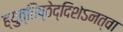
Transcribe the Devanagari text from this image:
ह्युत्तिष्ठेद्दिशेऽनत्वा